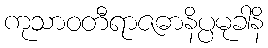
ကုသာဝတီရာဇဓာနိပ္ပမုခါနိ